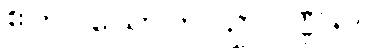
ဧကပယောကပဥှာဝဏ္ဏနာ။